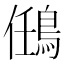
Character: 𪀼